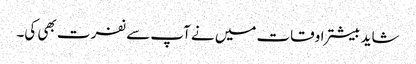
شاید بیشتر اوقات میں نے آپ سے نفرت بھی کی۔